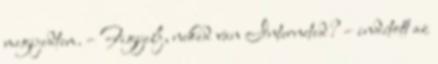
megijedtem. – Figyelj, neked van Interneted? – indított az